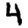
Digit: 4